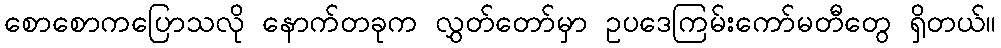
စောစောကပြောသလို နောက်တခုက လွှတ်တော်မှာ ဥပဒေကြမ်းကော်မတီတွေ ရှိတယ်။